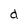
Character: d